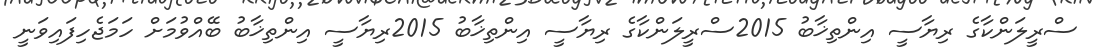
ސްރީލަންކާގެ ރިޔާސީ އިންތިޚާބު 2015ސްރީލަންކާގެ ރިޔާސީ އިންތިޚާބު 2015ރިޔާސީ އިންތިޚާބު ބޭއްވުމަށް ހަމަޖެހިފައިވަނީ